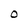
Character: O